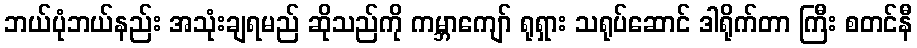
ဘယ်ပုံဘယ်နည်း အသုံးချရမည် ဆိုသည်ကို ကမ္ဘာကျော် ရုရှား သရုပ်ဆောင် ဒါရိုက်တာ ကြီး စတင်နီ